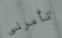
تأمرني